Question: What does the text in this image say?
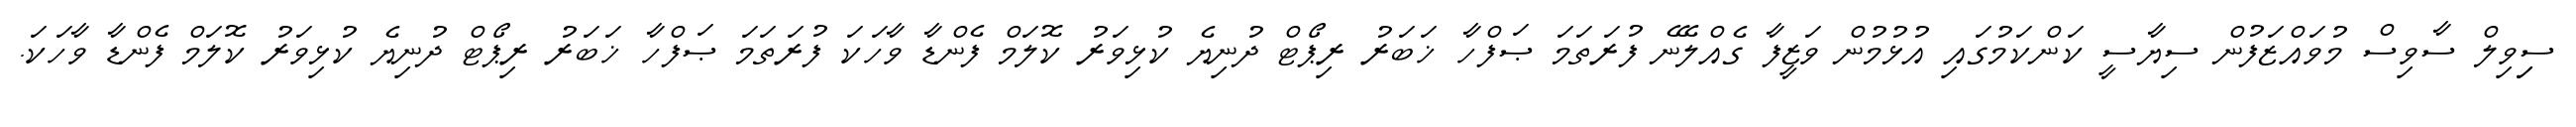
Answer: ސިިވިލް ސާވިސް މުވައްޒަފުން ސިޔާސީ ކަންކަމުގައި އުޅުމުން ވަޒީފާ ގެއްލޭނެ ފުރަތަމަ ޞަފްހާ ޚަބަރު ރިޕޯޓް ދުނިޔެ ކުޅިވަރު ކޮލަމް ފެންޑާ ވާހަކަ ފުރަތަމަ ޞަފްހާ ޚަބަރު ރިޕޯޓް ދުނިޔެ ކުޅިވަރު ކޮލަމް ފެންޑާ ވާހަކަ.